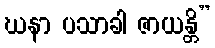
ဃနာ ပသာခါ ဇာယန္တိ”